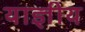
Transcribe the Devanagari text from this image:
याज्ञीय